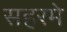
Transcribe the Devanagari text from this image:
सहरमे